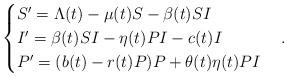
LaTeX: \begin{align*}\begin{cases}S'=\Lambda(t)-\mu(t)S-\beta(t)SI\\I'=\beta(t)SI-\eta(t)PI-c(t)I\\P'=(b(t)-r(t)P)P+\theta(t)\eta(t)PI\end{cases}.\end{align*}